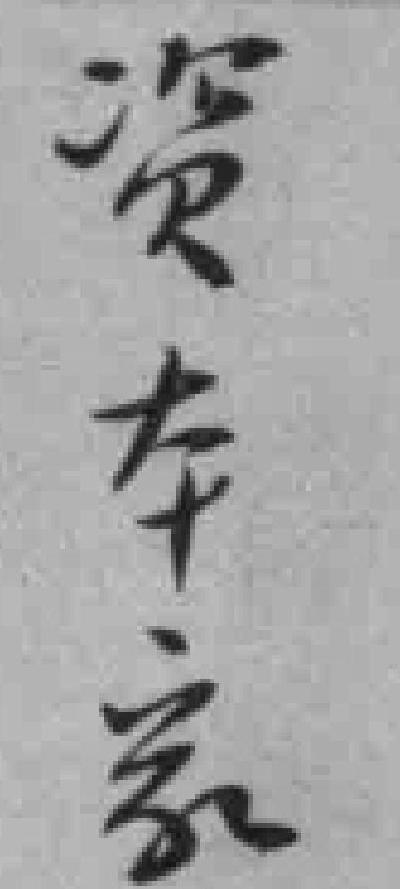
资本家